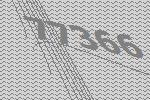
77366